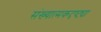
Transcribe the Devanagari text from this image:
संख्यात्मकदृष्ट्या